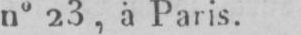
n° 23, à Paris,